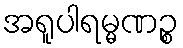
အရူပါရမ္မဏဉ္စ